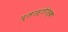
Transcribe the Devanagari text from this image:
प्लास्तेरेस्क